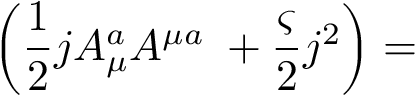
\left( \frac { 1 } { 2 } j A _ { \mu } ^ { a } A ^ { \mu a } \; + \frac { \varsigma } { 2 } j ^ { 2 } \right) =